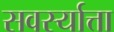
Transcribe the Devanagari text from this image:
सवर्स्यात्ता